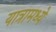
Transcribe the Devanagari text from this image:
यात्रामध्ये